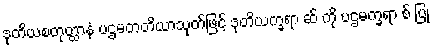
ဒုတိယစတုတ္ထာနံ ပဌမတတိယာသုတ်ဖြင့် ဒုတိယက္ခရာ ဆ် ကို ပဌမက္ခရာ စ် ပြု